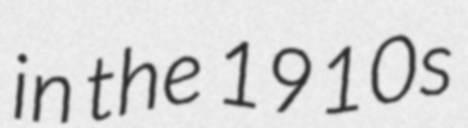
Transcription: in the 1910s